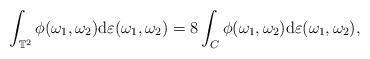
LaTeX: \begin{align*} \int_{\mathbb{T}^2} \phi(\omega_1,\omega_2) \mathrm{d}\varepsilon(\omega_1,\omega_2) = 8 \int_{C} \phi(\omega_1,\omega_2) \mathrm{d}\varepsilon(\omega_1,\omega_2),\end{align*}